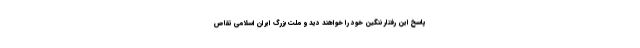
پاسخ این رفتار ننگین خود را خواهند دید و ملت بزرگ ایران اسلامی تقاص